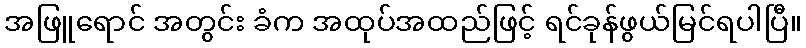
အဖြူရောင် အတွင်း ခံက အထုပ်အထည်ဖြင့် ရင်ခုန်ဖွယ်မြင်ရပါပြီ။